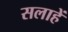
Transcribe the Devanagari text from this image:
सलाहें